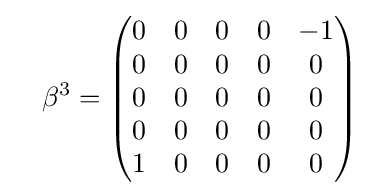
\quad \beta ^{3}={\begin{pmatrix}0&0&0&0&-1\\0&0&0&0&0\\0&0&0&0&0\\0&0&0&0&0\\1&0&0&0&0\end{pmatrix}}